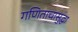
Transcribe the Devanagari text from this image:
गणिताचासुद्धा